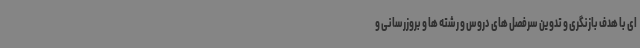
ای با هدف بازنگری و تدوین سرفصل های دروس و رشته ها و بروزرسانی و